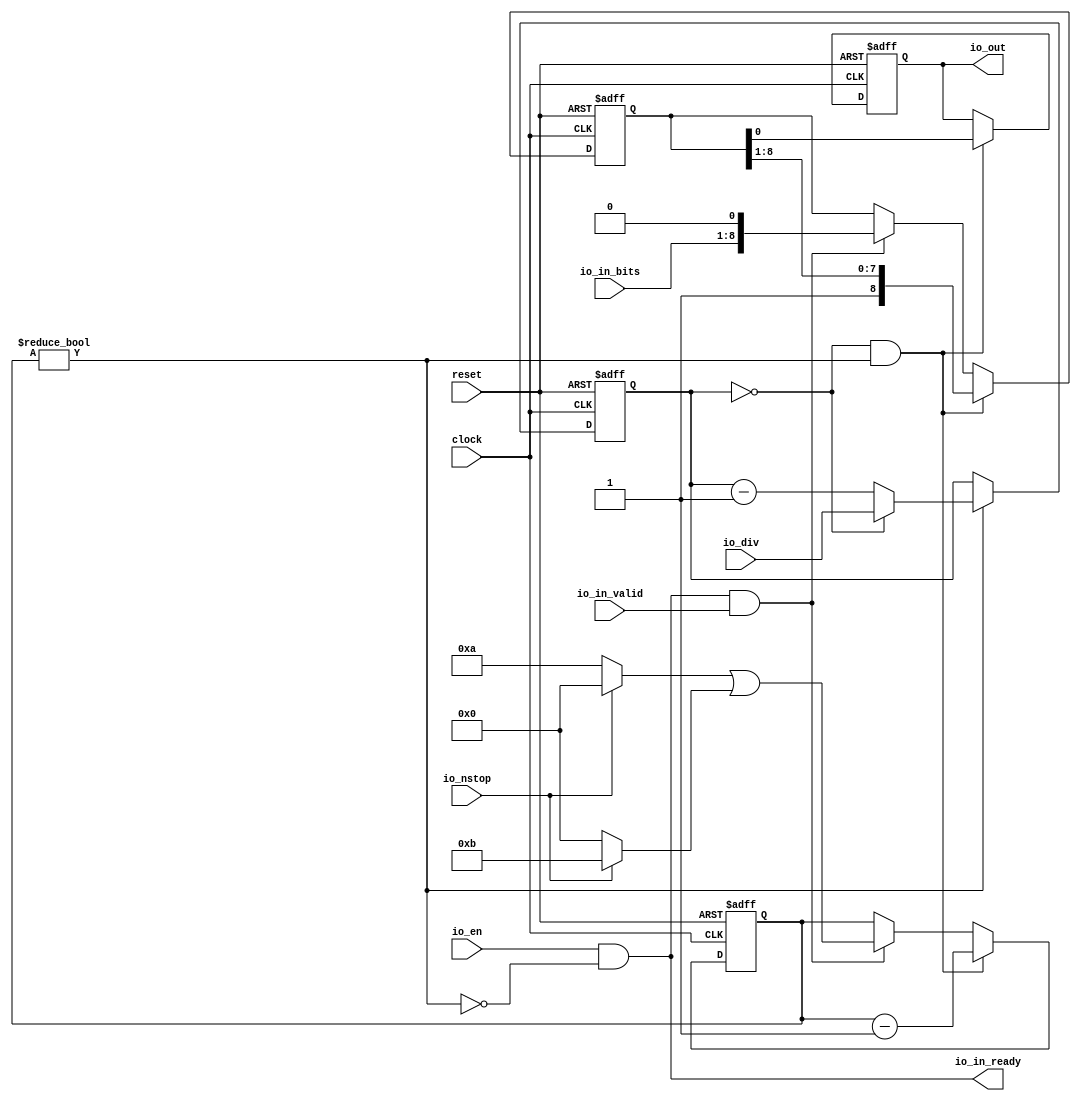
 /*                                                                      
 Copyright 2018 Nuclei System Technology, Inc.                
                                                                         
 Licensed under the Apache License, Version 2.0 (the "License");         
 you may not use this file except in compliance with the License.        
 You may obtain a copy of the License at                                 
                                                                         
     http://www.apache.org/licenses/LICENSE-2.0                          
                                                                         
  Unless required by applicable law or agreed to in writing, software    
 distributed under the License is distributed on an "AS IS" BASIS,       
 WITHOUT WARRANTIES OR CONDITIONS OF ANY KIND, either express or implied.
 See the License for the specific language governing permissions and     
 limitations under the License.                                          
 */                                                                      
                                                                         
                                                                         
                                                                         
module sirv_uarttx(
  input   clock,
  input   reset,
  input   io_en,
  output  io_in_ready,
  input   io_in_valid,
  input  [7:0] io_in_bits,
  output  io_out,
  input  [15:0] io_div,
  input   io_nstop
);
  reg [15:0] prescaler;
  reg [31:0] GEN_6;
  wire  pulse;
  reg [3:0] counter;
  reg [31:0] GEN_7;
  reg [8:0] shifter;
  reg [31:0] GEN_8;
  reg  out;
  reg [31:0] GEN_9;
  wire  busy;
  wire  T_32;
  wire  T_33;
  wire  T_34;
  wire  T_36;
  wire [8:0] T_38;
  wire  T_40;
  wire [3:0] T_46;
  wire [3:0] T_48;
  wire [3:0] T_50;
  wire [3:0] T_51;
  wire [8:0] GEN_0;
  wire [3:0] GEN_1;
  wire [16:0] T_53;
  wire [15:0] T_54;
  wire [15:0] T_55;
  wire [15:0] GEN_2;
  wire  T_56;
  wire [4:0] T_58;
  wire [3:0] T_59;
  wire [7:0] T_61;
  wire [8:0] T_62;
  wire  T_63;
  wire [3:0] GEN_3;
  wire [8:0] GEN_4;
  wire  GEN_5;
  assign io_in_ready = T_33;
  assign io_out = out;
  assign pulse = prescaler == 16'h0;
  assign busy = counter != 4'h0;
  assign T_32 = busy == 1'h0;
  assign T_33 = io_en & T_32;
  assign T_34 = io_in_ready & io_in_valid;
  assign T_36 = reset == 1'h0;
  assign T_38 = {io_in_bits,1'h0};
  assign T_40 = io_nstop == 1'h0;
  assign T_46 = T_40 ? 4'ha : 4'h0;
  assign T_48 = io_nstop ? 4'hb : 4'h0;
  assign T_50 = T_46 | T_48;
  assign T_51 = T_50;
  assign GEN_0 = T_34 ? T_38 : shifter;
  assign GEN_1 = T_34 ? T_51 : counter;
  assign T_53 = prescaler - 16'h1;
  assign T_54 = T_53[15:0];
  assign T_55 = pulse ? io_div : T_54;
  assign GEN_2 = busy ? T_55 : prescaler;
  assign T_56 = pulse & busy;
  assign T_58 = counter - 4'h1;
  assign T_59 = T_58[3:0];
  assign T_61 = shifter[8:1];
  assign T_62 = {1'h1,T_61};
  assign T_63 = shifter[0];
  assign GEN_3 = T_56 ? T_59 : GEN_1;
  assign GEN_4 = T_56 ? T_62 : GEN_0;
  assign GEN_5 = T_56 ? T_63 : out;

  always @(posedge clock or posedge reset)
    if (reset) begin
      prescaler <= 16'h0;
    end else begin
      if (busy) begin
        if (pulse) begin
          prescaler <= io_div;
        end else begin
          prescaler <= T_54;
        end
      end
    end

  always @(posedge clock or posedge reset)
    if (reset) begin
      counter <= 4'h0;
    end else begin
      if (T_56) begin
        counter <= T_59;
      end else begin
        if (T_34) begin
          counter <= T_51;
        end
      end
    end



  always @(posedge clock or posedge reset)
  if (reset) begin
      shifter <= 9'b0;
  end
  else begin
    if (T_56) begin
      shifter <= T_62;
    end else begin
      if (T_34) begin
        shifter <= T_38;
      end
    end
  end


  always @(posedge clock or posedge reset)
    if (reset) begin
      out <= 1'h1;
    end else begin
      if (T_56) begin
        out <= T_63;
      end
    end

    //`ifndef SYNTHESIS
    //`ifdef PRINTF_COND
    //  if (`PRINTF_COND) begin
    //`endif
    //    if (T_34 & T_36) begin
    //      $fwrite(32'h80000002,"%c",io_in_bits);
    //    end
    //`ifdef PRINTF_COND
    //  end
    //`endif
    //`endif

    //synopsys translate_off
  always @(posedge clock or posedge reset) begin
        if (T_34 & T_36) begin
          $fwrite(32'h80000002,"%c",io_in_bits);
        end
  end
    //synopsys translate_on
endmodule